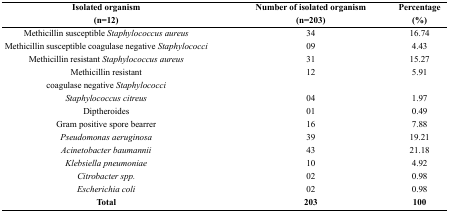
<table><thead><tr><td><b>Isolated organism (n=12)</b></td><td><b>Number of isolated organism (n=203)</b></td><td><b>Percentage (%)</b></td></tr></thead><tbody><tr><td>Methicillin susceptible <i>Staphylococcus aureus</i></td><td>34</td><td>16.74</td></tr><tr><td>Methicillin susceptible coagulase negative <i>Staphylococci</i></td><td>09</td><td>4.43</td></tr><tr><td>Methicillin resistant <i>Staphylococcus aureus</i></td><td>31</td><td>15.27</td></tr><tr><td>Methicillin resistant coagulase negative <i>Staphylococci</i></td><td>12</td><td>5.91</td></tr><tr><td><i>Staphylococcus citreus</i></td><td>04</td><td>1.97</td></tr><tr><td>Diptheroides</td><td>01</td><td>0.49</td></tr><tr><td>Gram positive spore bearrer</td><td>16</td><td>7.88</td></tr><tr><td><i>Pseudomonas aeruginosa</i></td><td>39</td><td>19.21</td></tr><tr><td><i>Acinetobacter baumannii</i></td><td>43</td><td>21.18</td></tr><tr><td><i>Klebsiella pneumoniae</i></td><td>10</td><td>4.92</td></tr><tr><td><i>Citrobacter spp.</i></td><td>02</td><td>0.98</td></tr><tr><td><i>Escherichia coli</i></td><td>02</td><td>0.98</td></tr><tr><td><b>Total</b></td><td><b>203</b></td><td><b>100</b></td></tr></tbody></table>